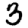
Digit: 3